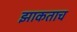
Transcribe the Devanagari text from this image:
झाकताच